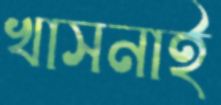
খাসনাই